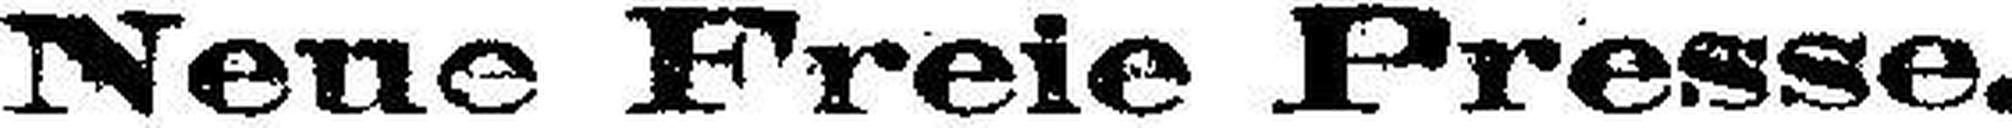
Neue Freie Presse.